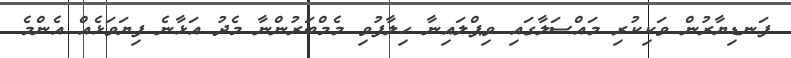
ފަނޑިޔާރުން ވަކިކުރި މައްސަލާގައި ވިޕްލައިނާ ހިލާފުވި މެމްބަރުންނާ މެދު އަޅާނެ ފިޔަވަޅެއް އެންމެ